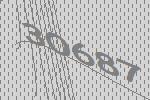
30687